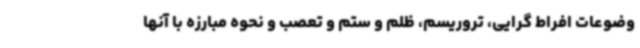
وضوعات افراط گرایی، تروریسم، ظلم و ستم و تعصب و نحوه مبارزه با آنها